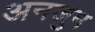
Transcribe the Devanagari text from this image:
अनजुम